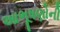
આભૂષણોની